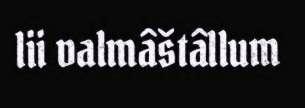
lii valmâštâllum